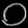
Digit: ၀